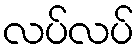
လပ်လပ်